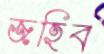
জহিব